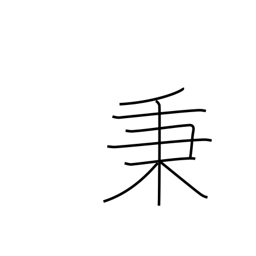
Meaning: unit of volume (10 koku; 1,800 l)